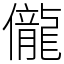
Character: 儱